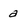
Character: a